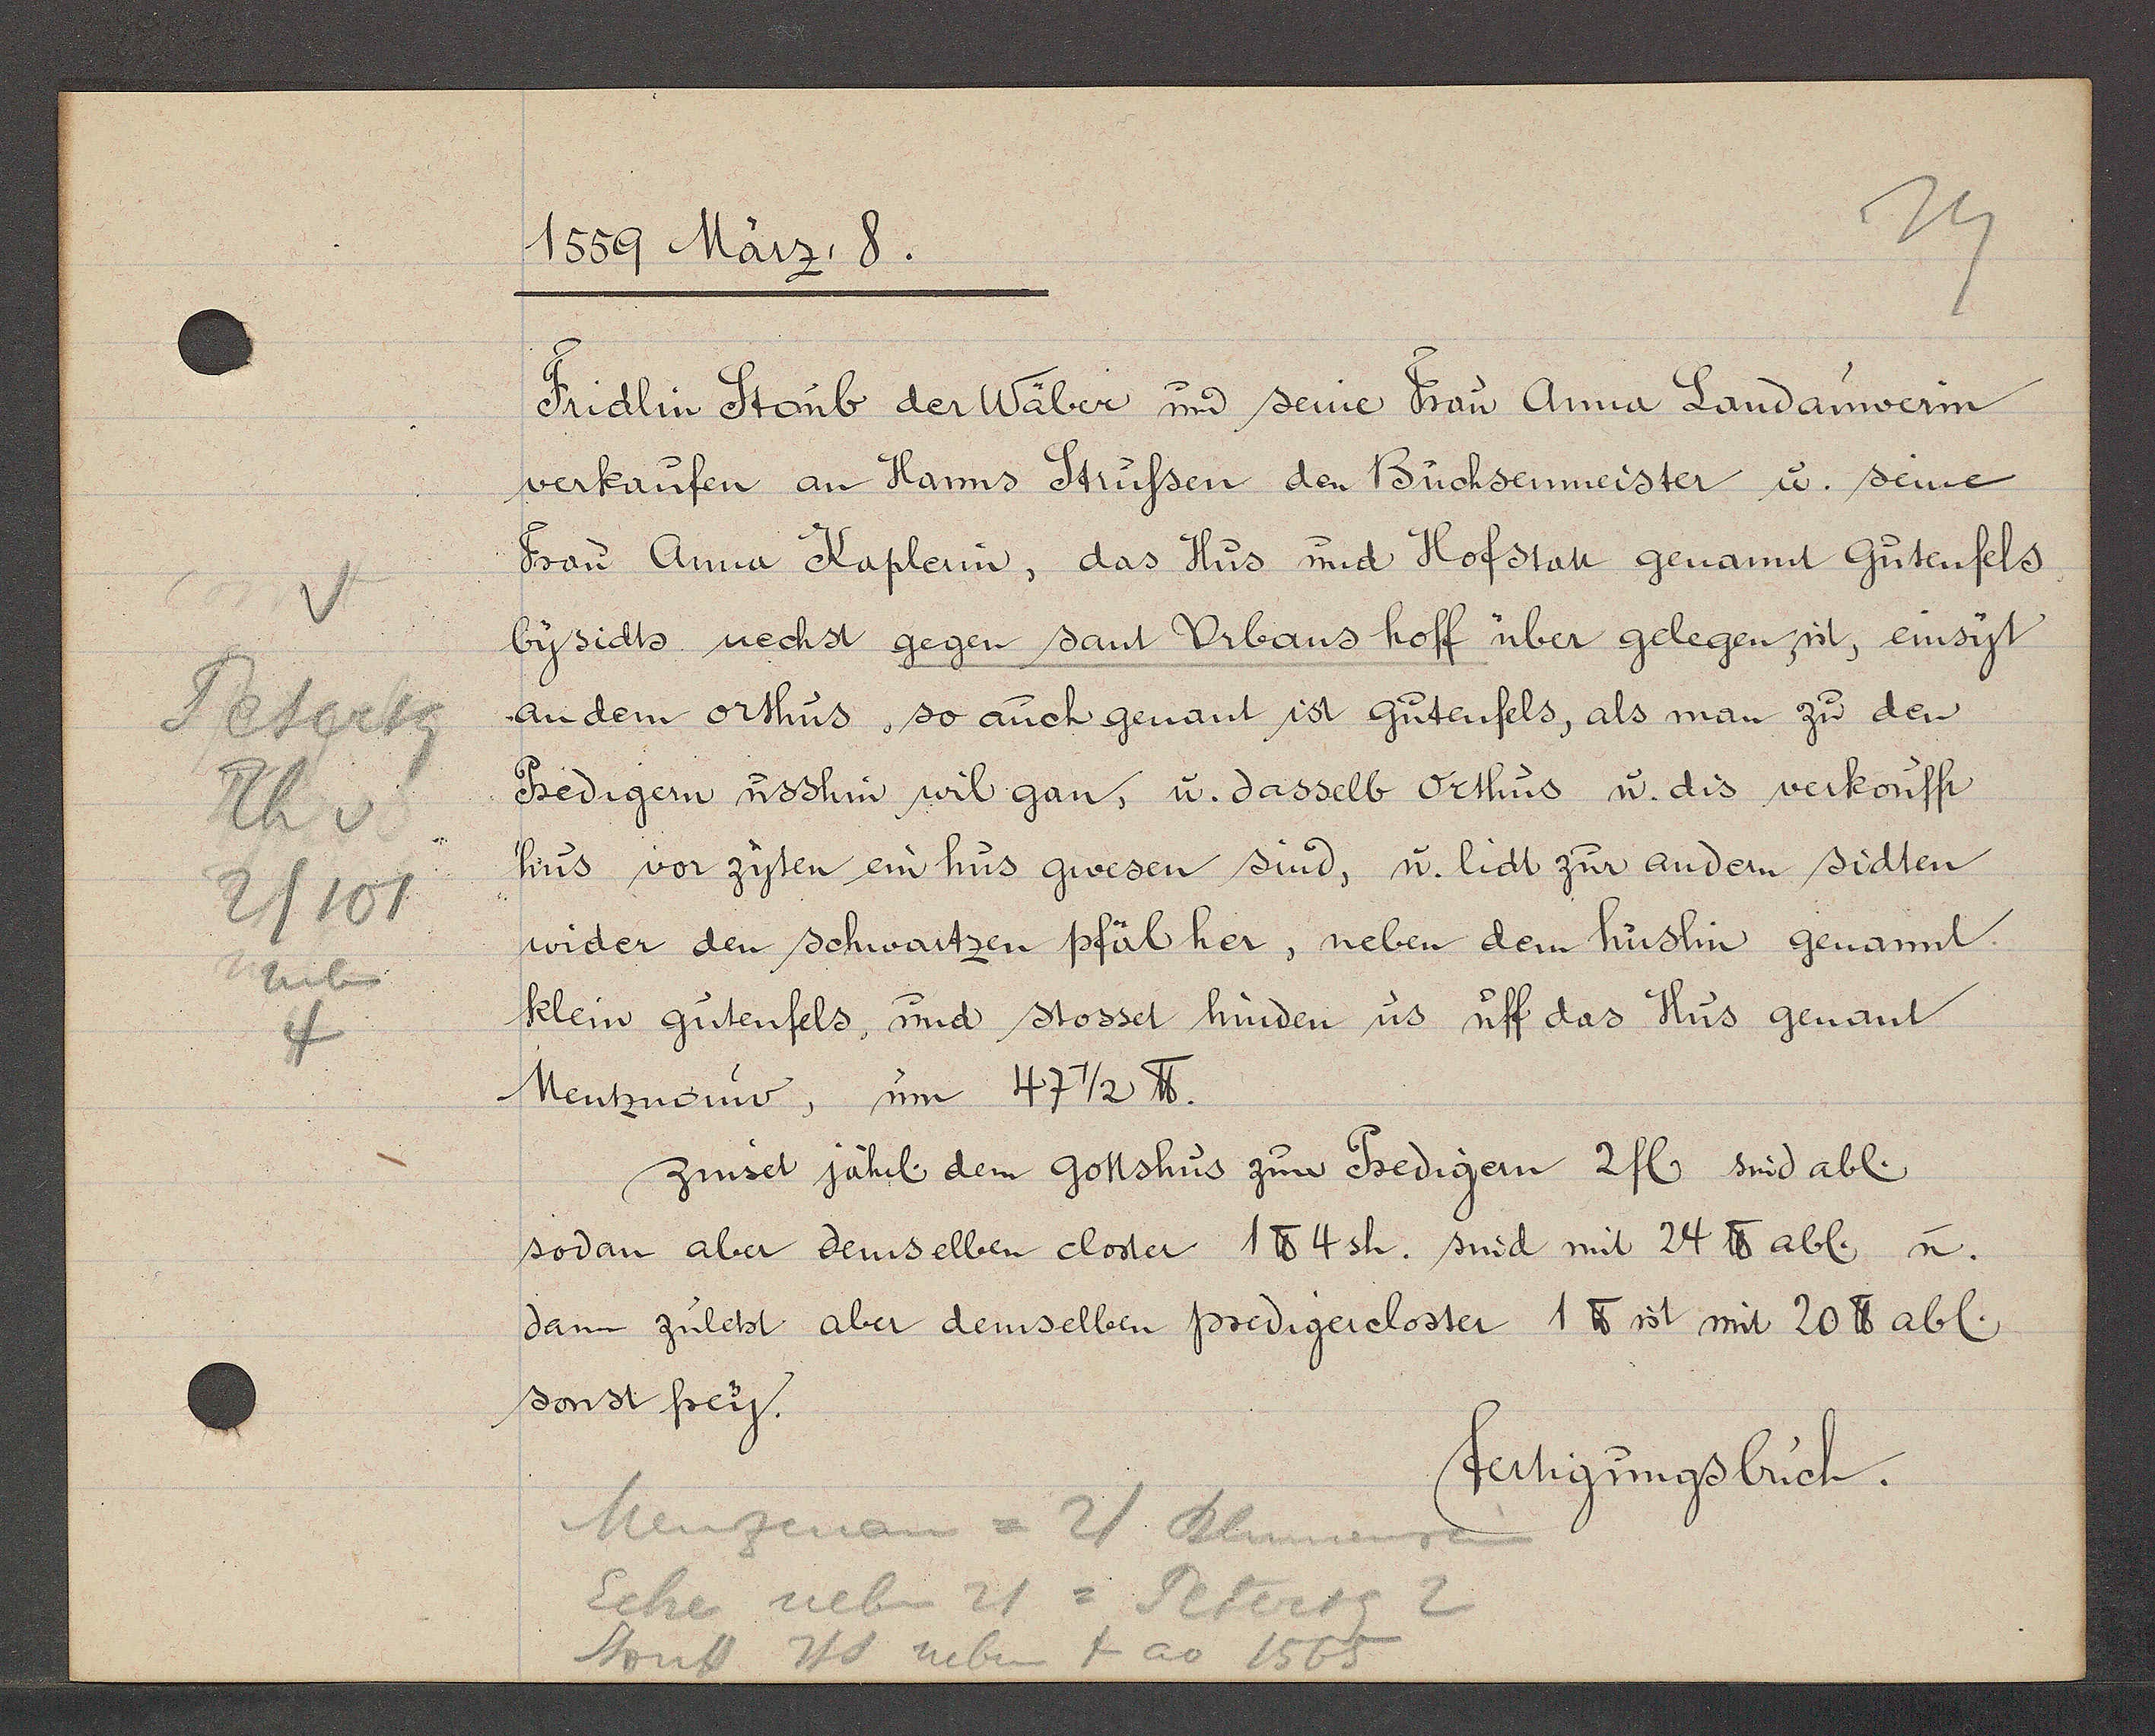
Transcript:
Petersg
Th v
2/101
neben
4

1559 März. 8.

Fridlin Stonb der Wäber und seine Frau Anna Landanwerin
verkaufen an Hanns Strussen den Büchsenmeister u. seine
Frau Anna Kaplerin, das Hus und Hofstatt genannt Gutenfels
bysidts nechst gegen sant Urbans hoff über gelegen sit, einsyt
an dem orthus, so auch genant ist Gutenfels, als man zu den
Predigern usshin wil gan, u. dasselb Orthus u. dis verkoufft
hus vor zyten ein hus gwesen sind, u. lidt zur andern sidten
wider den schwartzen pfäl her, neben dem huslin genannt
klein gutenfels, und stosset hinden us uff das Hus genant
Mentznouw, um 47 1/2 ℔.
sodan aber demselben closer 1 ℔ 4sh. sind mit 24 ℔ abl, u.
dann zuletst aber demselben predigercloster 1 ℔ ist mit 20 ℔ abl.
sonst frey
zinset jährl. dem gottshus zum Predigern 2 fl. sind abl.

Menzenau = 21 Blumenrain
Ecke neben 21 = Petersg 2
Stouss Hs neben 4 ao 1565

fertigungsbuch.